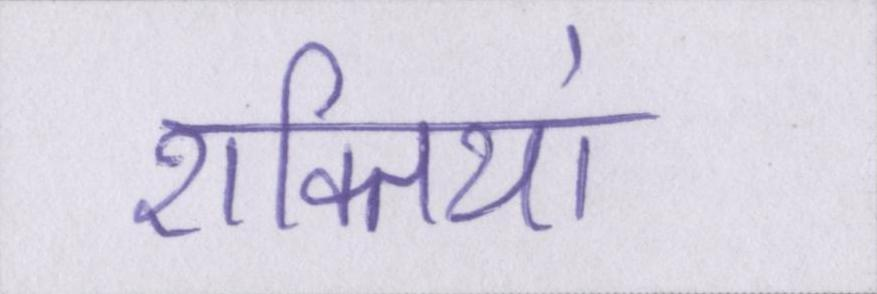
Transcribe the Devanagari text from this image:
शक्तियां